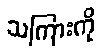
သကြားကို